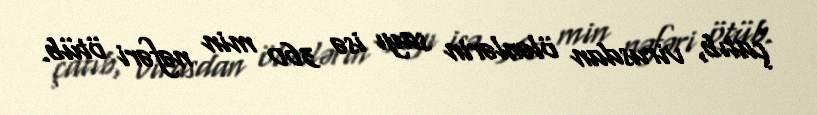
çatıb, virusdan ölənlərin sayı isə 360 min nəfəri ötüb.